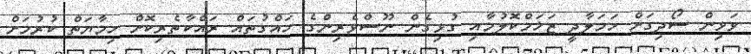
ވަޅިން ސޯދިގަށް ހަމަލާދީ ޒަޚަމްކޮލުމާއި ގުޅިގެން ނޫސްވެރިންގެ ހައްގުތައް ރައްކާތެރިކޮށް ހިމާޔަތް ކުރުމަށް